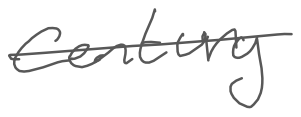
Text: century
Cross-out: single-line
Writing tool: digital_gray